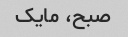
صبح، مایک